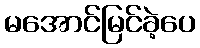
မအောင်မြင်ခဲ့ပေ